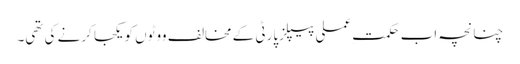
چنانچہ اب حکمتِ عملی پیپلزپارٹی کے مخالف ووٹوں کو یکجا کرنے کی تھی۔